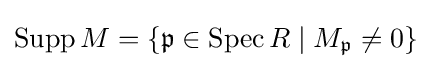
\operatorname {Supp} M=\{{\mathfrak {p}}\in \operatorname {Spec} R\mid M_{\mathfrak {p}}\neq 0\}